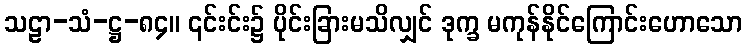
သဠာ-သံ-ဋ္ဌ-၈၄။ ၎င်းင်း၌ ပိုင်းခြားမသိလျှင် ဒုက္ခ မကုန်နိုင်ကြောင်းဟောသော